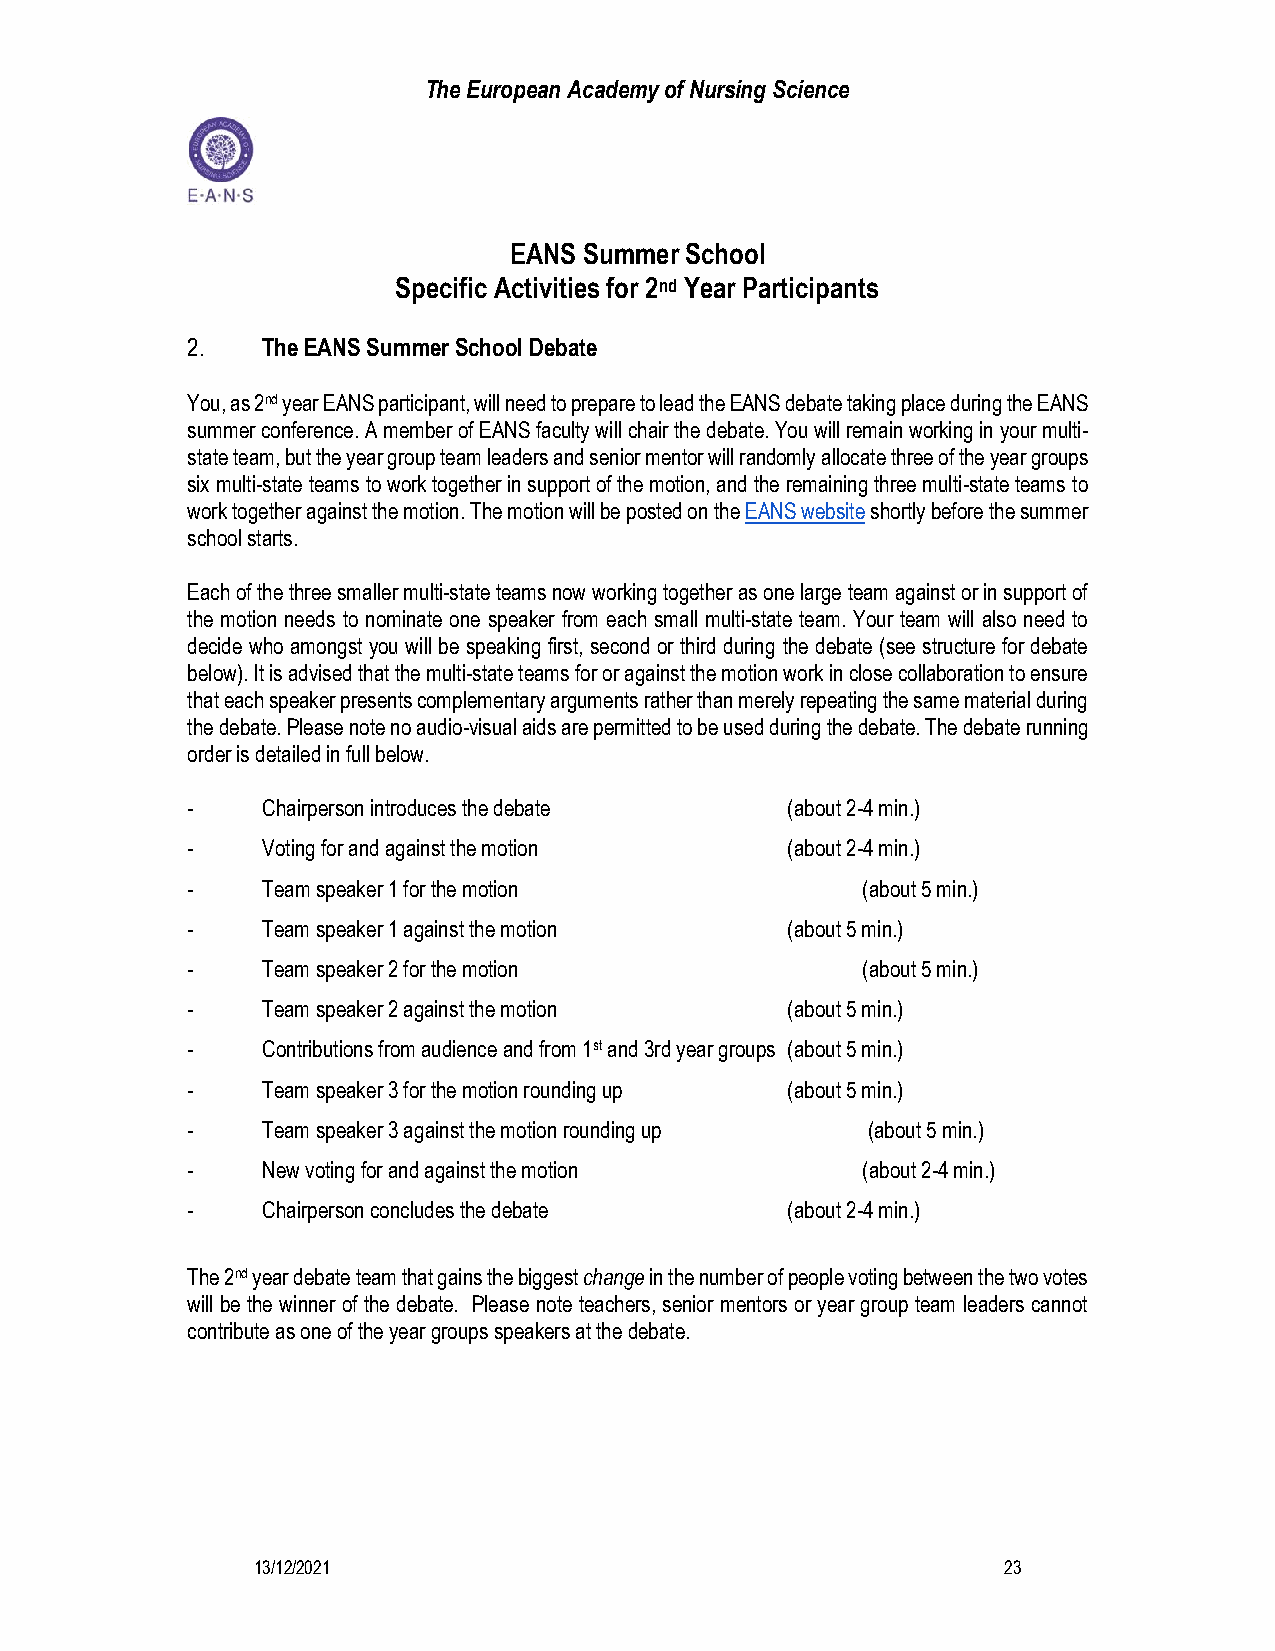
The European Academy of Nursing Science
 EANS Summer School
 Specific Activities for 2nd Year Participants
 2.   The EANS Summer School Debate
 You, as 2nd year EANS participant, will need to prepare to lead the EANS debate taking place during the EANS
 summer conference. A member of EANS faculty will chair the debate. You will remain working in your multi-
 state team, but the year group team leaders and senior mentor will randomly allocate three of the year groups
 six multi-state teams to work together in support of the motion, and the remaining three multi-state teams to
 work together against the motion. The motion will be posted on the EANS website shortly before the summer
 school starts.
 Each of the three smaller multi-state teams now working together as one large team against or in support of
 the motion needs to nominate one speaker from each small multi-state team. Your team will also need to
 decide who amongst you will be speaking first, second or third during the debate (see structure for debate
 below). It is advised that the multi-state teams for or against the motion work in close collaboration to ensure
 that each speaker presents complementary arguments rather than merely repeating the same material during
 the debate. Please note no audio-visual aids are permitted to be used during the debate. The debate running
 order is detailed in full below.
 -    Chairperson introduces the debate  (about 2-4 min.)
 -    Voting for and against the motion  (about 2-4 min.)
 -    Team speaker 1 for the motion           (about 5 min.)
 -    Team speaker 1 against the motion  (about 5 min.)
 -    Team speaker 2 for the motion           (about 5 min.)
 -    Team speaker 2 against the motion  (about 5 min.)
 -    Contributions from audience and from 1st and 3rd year groups (about 5 min.)
 -    Team speaker 3 for the motion rounding up (about 5 min.)
 -    Team speaker 3 against the motion rounding up (about 5 min.)
 -    New voting for and against the motion   (about 2-4 min.)
 -    Chairperson concludes the debate   (about 2-4 min.)
 The 2nd year debate team that gains the biggest change in the number of people voting between the two votes
 will be the winner of the debate. Please note teachers, senior mentors or year group team leaders cannot
 contribute as one of the year groups speakers at the debate.
 13/12/2021                                       23